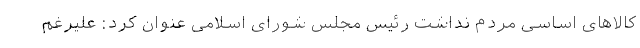
کالاهای اساسی مردم نداشت رئیس مجلس شورای اسلامی عنوان کرد: علیرغم